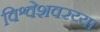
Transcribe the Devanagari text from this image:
विश्वेशवरय्या